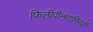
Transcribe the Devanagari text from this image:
फिलीपीनवासियों